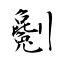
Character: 劖